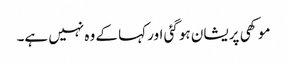
موکھی پریشان ہو گئی اور کہا کے وہ نہیں ہے۔